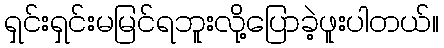
ရှင်းရှင်းမမြင်ရဘူးလို့ပြောခဲ့ဖူးပါတယ်။